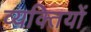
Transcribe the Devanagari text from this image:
व्‍यक्‍ितयों